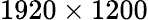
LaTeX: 1920\times 1200